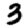
Digit: 3